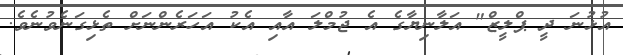
އުޅުނަ ދީ ޕްލީޒް" އަލާނިޔާގެ އެ ޖުމްލަ އާއި އެކު އަހަރެންނަށް ތެޅިގަނެވުނެވެ.